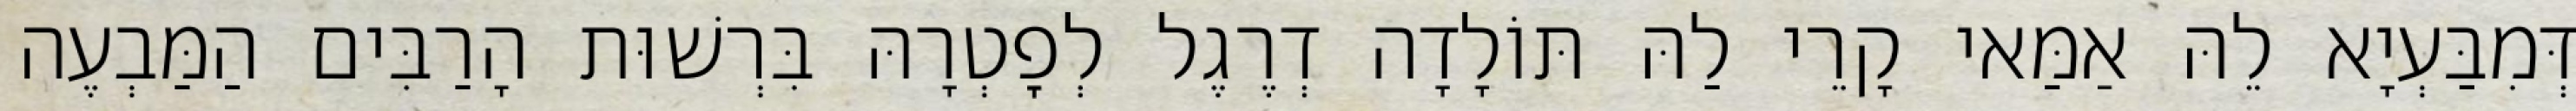
דְּמִבַּעְיָא לֵהּ אַמַּאי קָרֵי לַהּ תּוֹלָדָה דְרֶגֶל לְפׇטְרָהּ בִּרְשׁוּת הָרַבִּים הַמַּבְעֶה